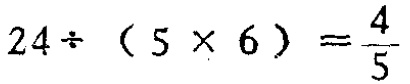
$24\div(5\times 6)=\frac{4}{5}$